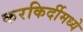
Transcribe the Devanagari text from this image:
करकिर्दीमध्ये